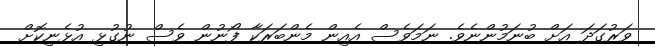
ވަރުގަދަ އަށް ބުނަމުންނެވެ. ނަމަވެސް އެއިން މެންބަރަކާ ފޯނުން ވެސް ނުގުޅި އުޅެނިކޮށް